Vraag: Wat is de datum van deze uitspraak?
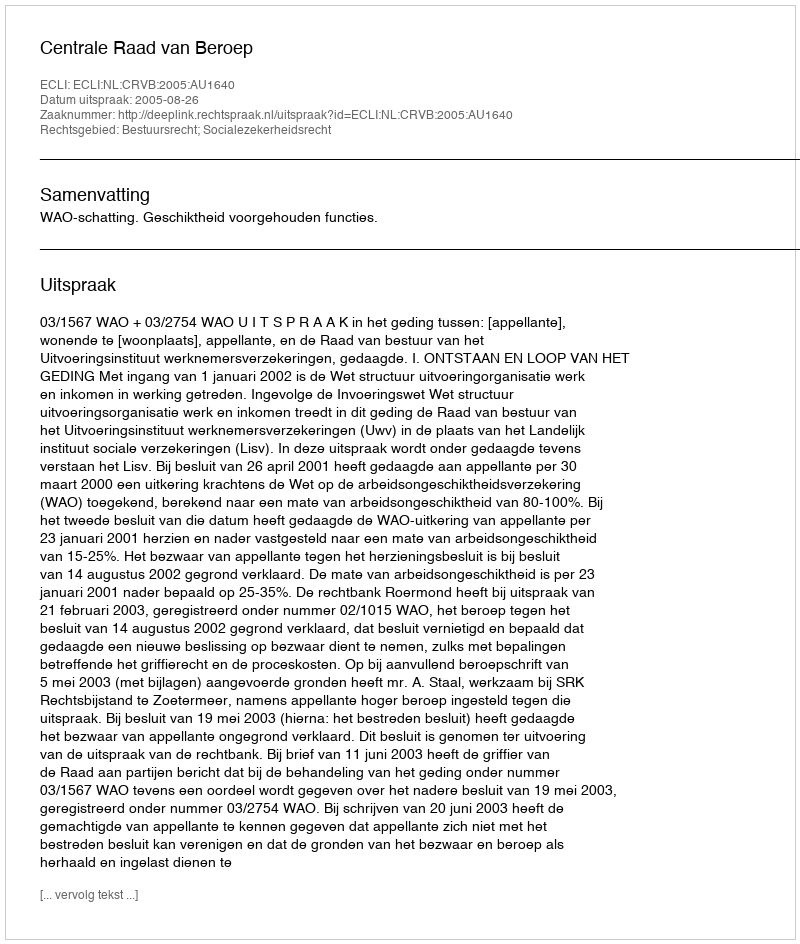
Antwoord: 2005-08-26